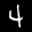
Label: 4